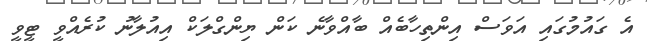
އެ ގައުމުގައި އަވަސް އިންތިހާބެއް ބާއްވާނެ ކަން ޔިންގްލަކް އިއުލާނު ކުރެއްވީ ޓީވީ